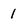
Character: 1